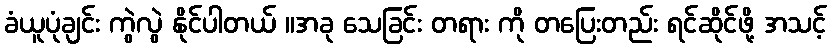
ခံယူပုံချင်း ကွဲလွဲ နိုင်ပါတယ် ။အခု သေခြင်း တရား ကို တပြေးတည်း ရင်ဆိုင်ဖို့ အသင့်